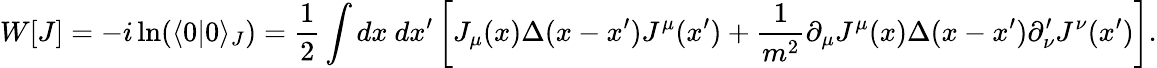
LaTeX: W[J]=-i\ln(\langle 0|0\rangle_{J})={\frac{1}{2}}\int dx~dx^{\prime}\left[J_{\mu}(x)\Delta(x-x^{\prime})J^{\mu}(x^{\prime})+{\frac{1}{m^{2}}}\partial_{\mu}J^{\mu}(x)\Delta(x-x^{\prime})\partial_{\nu}^{\prime}J^{\nu}(x^{\prime})\right].